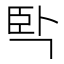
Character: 𰯮